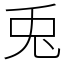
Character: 兎